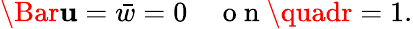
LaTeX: \Bar{\mathbf{u}}=\bar{{w}}=0\quad\mathrm{{~o~n~}}\quadr=1.